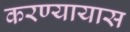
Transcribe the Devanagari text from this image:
करण्यायास